Scottish Leaving Certificate Examination, 1959
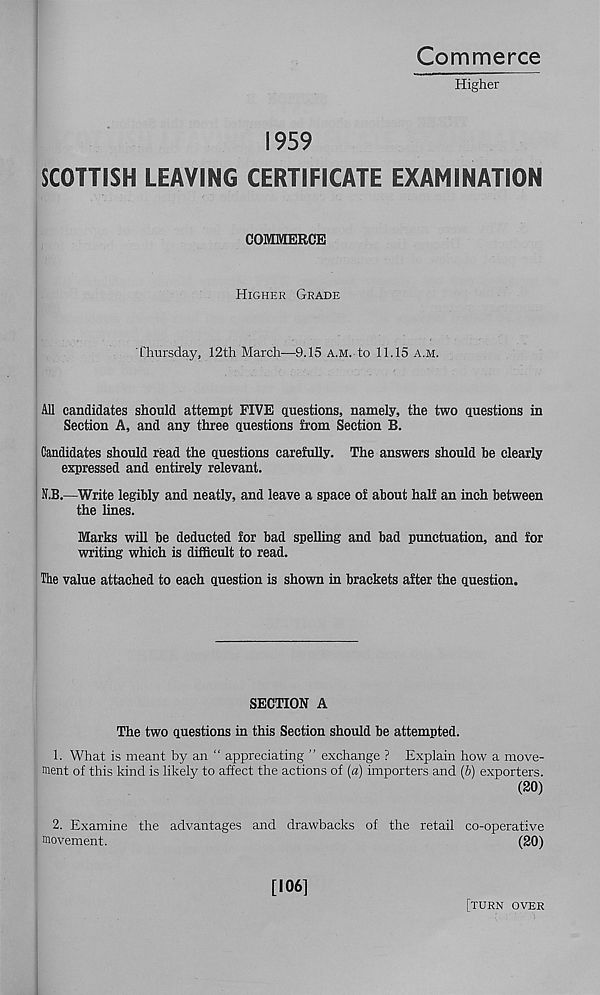
Commerce
Higher
1959
SCOTTISH LEAVING CERTIFICATE EXAMINATION
COMMERCE
Higher Grade
Thursday, 12th March—9.15 a.m. to 11.15 a.m.
All candidates should attempt FIVE questions, namely, the two questions in
Section A, and any three questions from Section B.
Candidates should read the questions carefully. The answers should be clearly
expressed and entirely relevant.
N.B.—Write legibly and neatly, and leave a space of about half an inch between
the lines.
Marks will be deducted for bad spelling and bad punctuation, and for
writing which is difficult to read.
The value attached to each question is shown in brackets after the question.
SECTION A
The two questions in this Section should be attempted.
1. What is meant by an “ appreciating ” exchange ? Explain how a move-
ment of this kind is likely to affect the actions of (a) importers and (b) exporters.
(20)
2. Examine
movement.
the advantages and drawbacks of the retail co-operative
(20)
[106]
[turn over